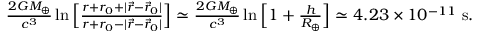
\begin{array} { r } { \frac { 2 G M _ { \oplus } } { c ^ { 3 } } \ln \Big [ \frac { r + r _ { 0 } + | { \vec { r } } - { \vec { r } } _ { 0 } | } { r + r _ { 0 } - | { \vec { r } } - { \vec { r } } _ { 0 } | } \Big ] \simeq \frac { 2 G M _ { \oplus } } { c ^ { 3 } } \ln \Big [ 1 + \frac { h } { R _ { \oplus } } \Big ] \simeq 4 . 2 3 \times 1 0 ^ { - 1 1 } ~ \mathrm { s } . } \end{array}